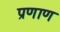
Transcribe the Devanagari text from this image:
प्रणाण